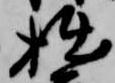
拙